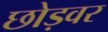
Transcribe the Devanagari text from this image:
छोड़वर